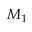
M _ { 1 }